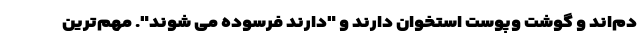
دم‌اند و گوشت وپوست استخوان دارند و "دارند فرسوده می شوند". مهم‌ترین